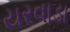
યરવાડા